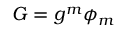
G = g ^ { m } \phi _ { m }